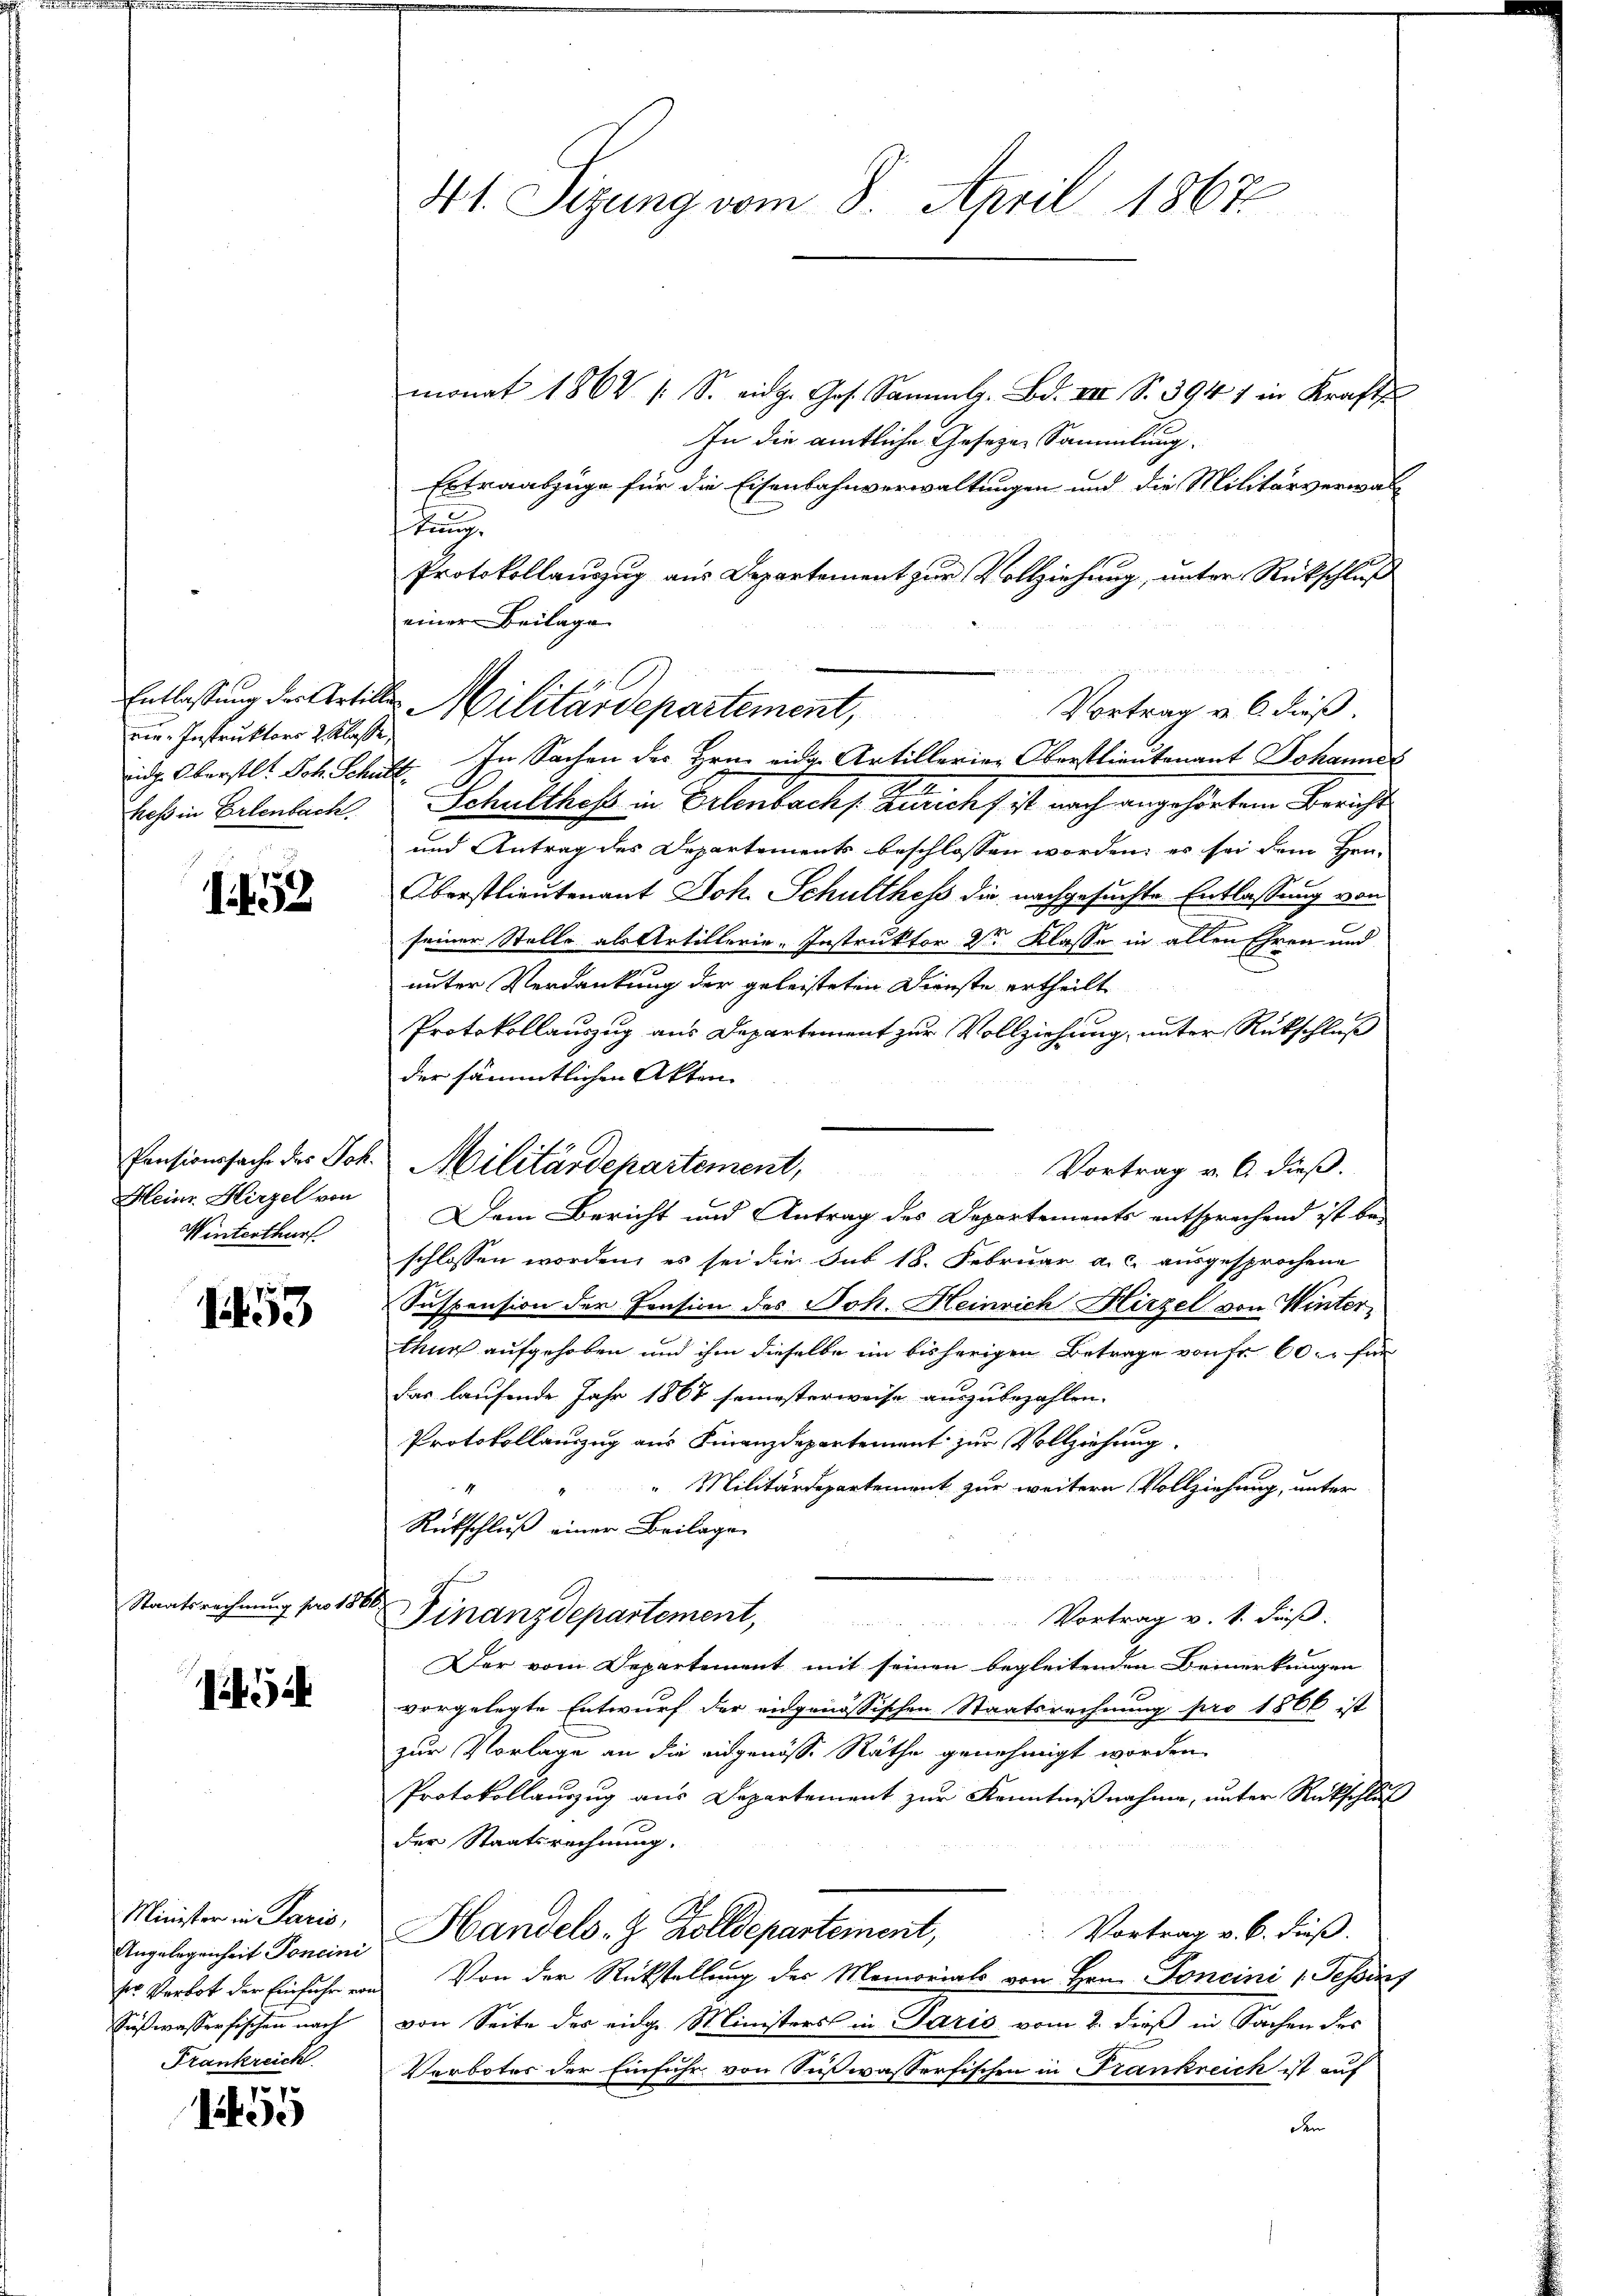
ner Instruktors 2 Klasse,
eidg. Oberstl. Joh. Schult
hess in Erlenbach.

1452

Heinr. Hirzel von
Winterthurf

1453

Staatsrechnung pro 18.

13

Minister in Paris,
Sißwasserfischen nach
Frankreich

1
de

4t. Sizung vom 8. April 1867.

monat 1862 /: S. eidg. Ges. Sammlg. Bd. VIII S. 394 / in Kraft
In die amtliche Gesezen Sammlung.
Extraabzüge für die Eisenbahnverwaltungen und die Militärverwalttung
Protokollauszug aus Departement zur Vollziehung, unter Rückschluß
einer Beilage
1
Vortrag v. 6. dieß.
In Sachen des Hrn. eidg. Artillerier Oberstlieutenant Johannes
.
Schulthof in Erlenbach Züricht ist nach angehörtem Bericht
und Antrag des Departements beschlossen worden; es sei dem Hen-
Oberstlieutenant Joh. Schulthess die nachgesuchte Entlassung von
seiner Stelle als Artillerie-Instruktor 2 Klasse in allen Ehren und
unter Verdankung der geleisteten Dienste ertheilt
Protokollauszug aus Departement zur Vollziehung, unter Rückschluß
der sämmtlichen Akten.
Vortrag v. 6. dieß.
Dem Bericht und Antrag des Departements entsprechend ist be-
schlossen worden, es sei die sub 18. Februar a. c. ausgesprochene
Suspension der Pension des Joh. Heinrich Hirzel von Winterthur aufgehoben und ihm dieselbe im bisherigen Betrage von Fr. 60. für
das laufende Jahr 1867 semesterweise auszubezahlen.
Protokollanzug aus Finanzdepartement zur Vollziehung.
"Militärdepartement zur weitern Vollziehung, unter
Rückschluß einer Beilage
h
Finanzdepartement,
Vortrag v. 1. daß

Der vom Departement mit seinen begleitenden Bemerkungen
vorgelegte Entwurf der eidgenössischen Staatsrechnung pro 1866 ist
zur Vorlage an die eidgenösse Räthe genehmigt worden.
Protokollauszug aus Departement zur Kenntnißnahme, unter Rückschluß
der Staatsrechnung.
Angelegenheit Porein Handels- & Zolldepartement, Vortrag v. 6. dieß.
der Verbot der Einfuhr von Von der Rückstellung des Memorials von Hrn. Foncini 1. Tessins
von Seite des eidge Ministers in Paris vom 2. dieß in Sachen des
Verbotes der Einfuhr von Seßwasserfischen in Frankreich ist auf
den

Entlassung der Artille Militärdepartement,

Pensionssache des Joh. Militärdepartement,